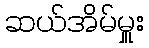
ဆယ်အိမ်မှူး